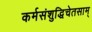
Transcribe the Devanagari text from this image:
कर्मसंशुद्धिचेतसाम्